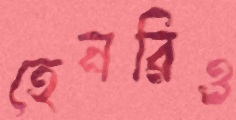
হেনরিও